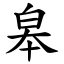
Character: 皋